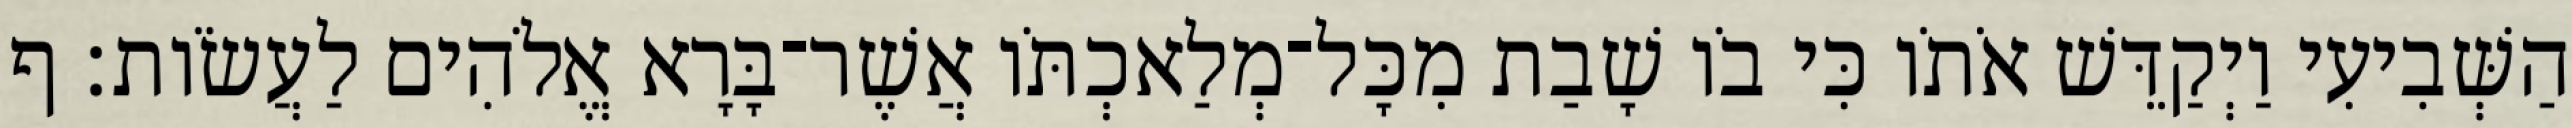
הַשְּׁבִיעִי וַיְקַדֵּשׁ אֹתֹו כִּי בֹו שָׁבַת מִכָּל־מְלַאכְתֹּו אֲשֶׁר־בָּרָא אֱלֹהִים לַעֲשֹׂות׃ ף